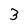
Character: 3